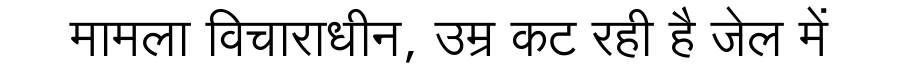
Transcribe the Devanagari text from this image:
मामला विचाराधीन, उम्र कट रही है जेल में